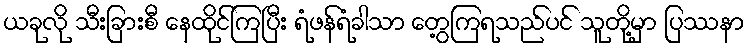
ယခုလို သီးခြားစီ နေထိုင်ကြပြီး ရံဖန်ရံခါသာ တွေ့ကြရသည်ပင် သူတို့မှာ ပြဿနာ